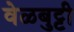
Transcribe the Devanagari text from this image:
वेळबुट्टी